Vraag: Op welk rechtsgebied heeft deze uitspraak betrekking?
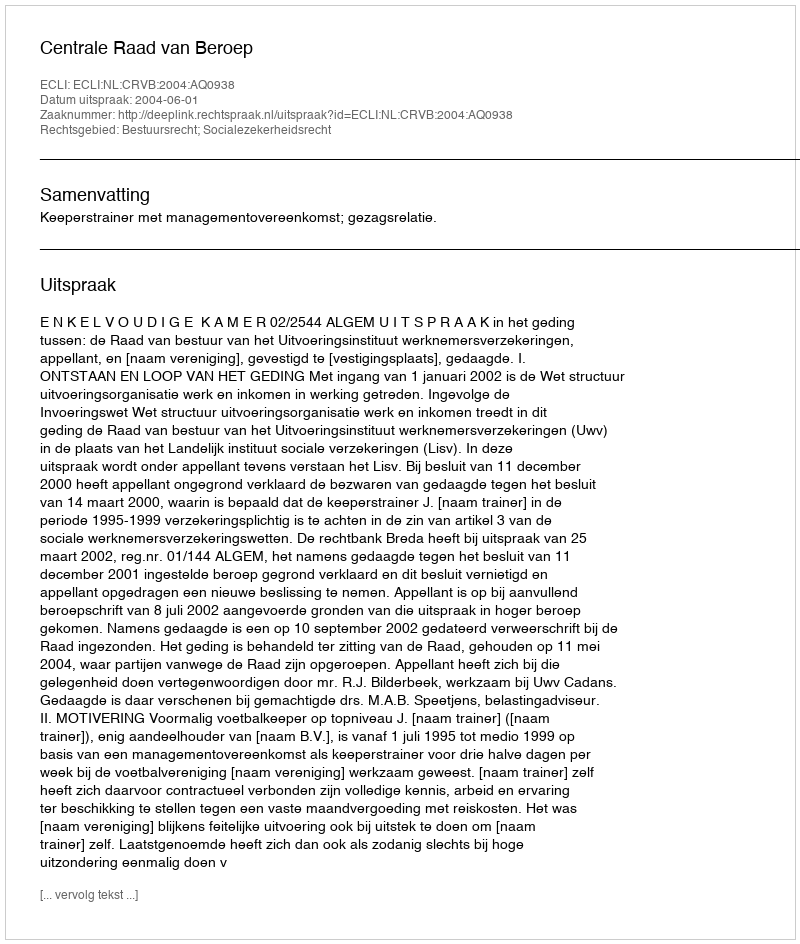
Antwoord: Bestuursrecht; Socialezekerheidsrecht